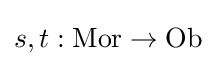
s,t:\operatorname {Mor} \to \operatorname {Ob}